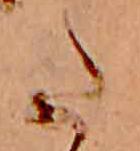
た